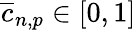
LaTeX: \overline{{c}}_{n,p}\in[0,1]